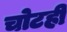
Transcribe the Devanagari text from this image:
चोटही